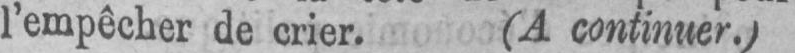
l’empêcher de crier. (A continuer.)